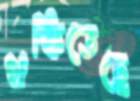
থকিতেছে